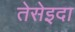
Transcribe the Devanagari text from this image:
तेसेइदा